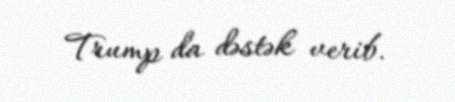
Trump da dəstək verib.